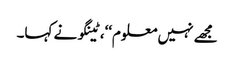
مجھے نہیں معلوم‘‘، ٹینگو نے کہا۔